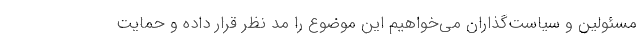
مسئولین و سیاست‌گذاران می‌خواهیم این موضوع را مد نظر قرار داده و حمایت